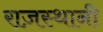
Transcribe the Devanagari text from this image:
राज़स्थानी